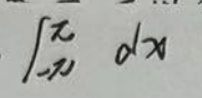
\[
\int_{-\pi}^{\pi} dx
\]